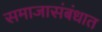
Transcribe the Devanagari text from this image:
समाजासंबंधात